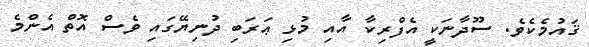
ޤައުމެކެވެ. ސޫދާނަކީ އެފްރިކާ އާއި މުޅި ޢަރަބި ދުނިޔޭގައި ވެސް އޮތް އެންމެ